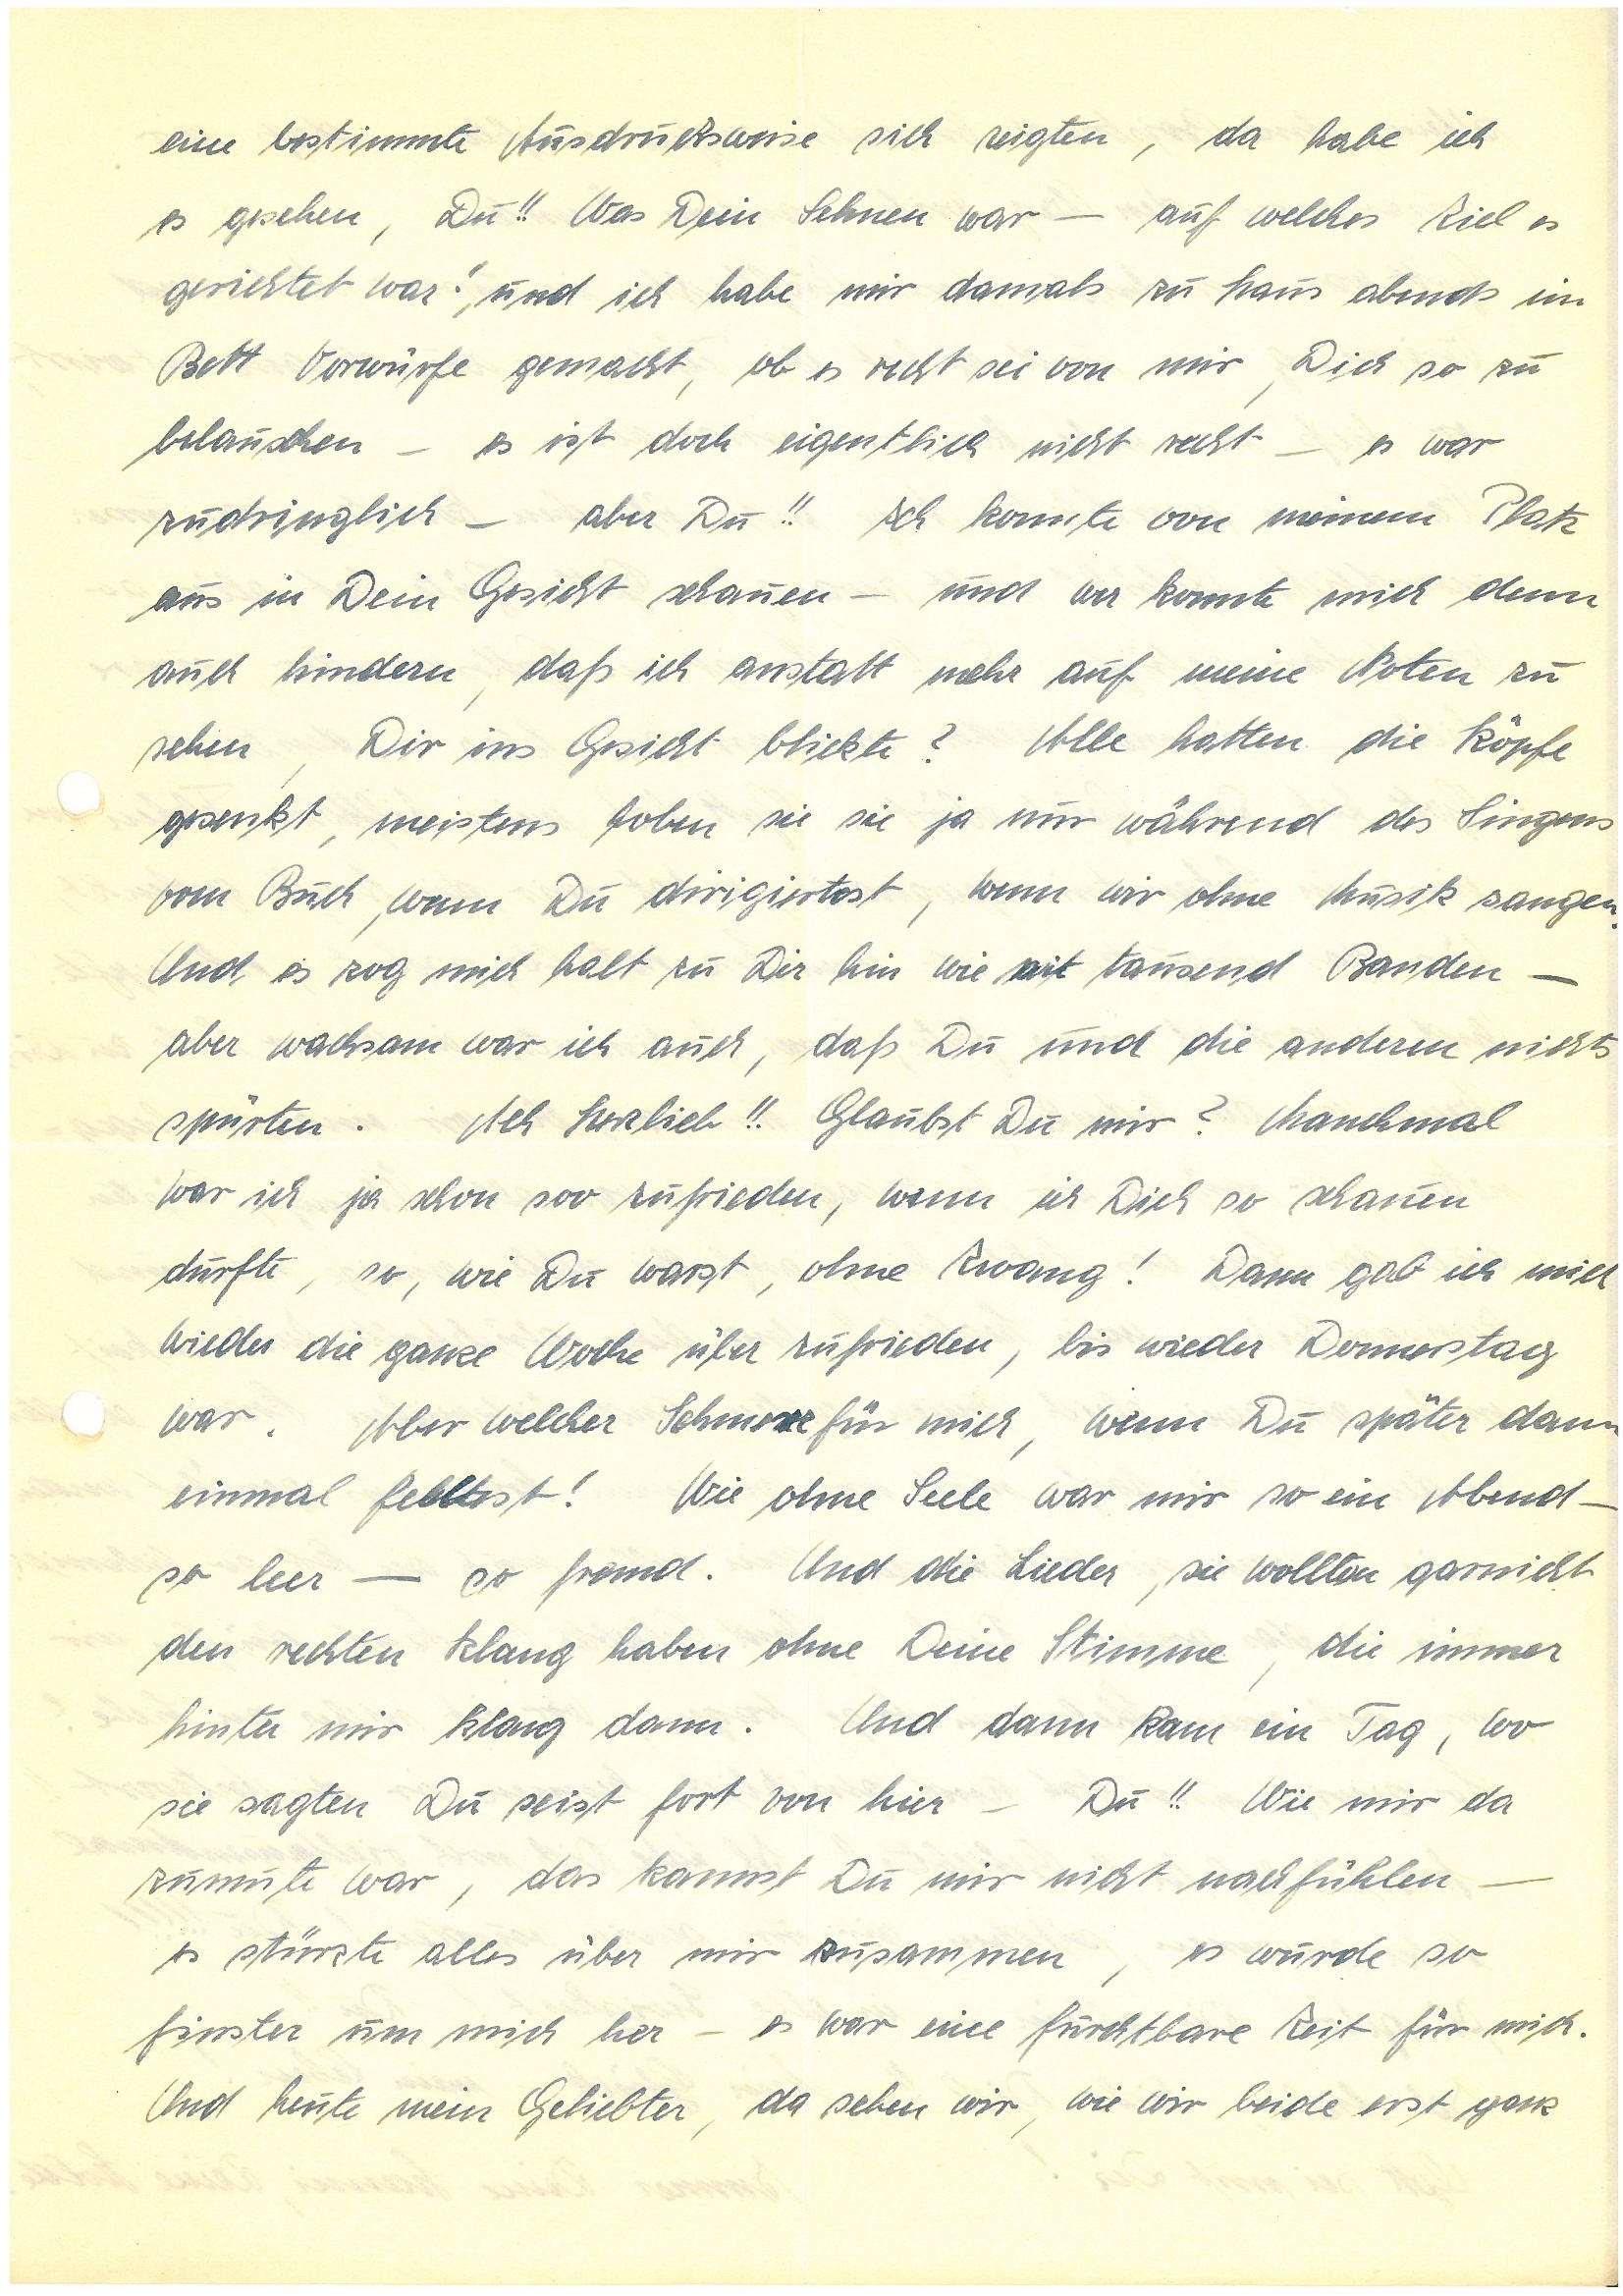
eine bestimmte Ausdrucksweise sich zeigten, da habe ich
es gesehen, Du!! Was Dein Sehnen war – auf welches Ziel es
gerichtet war!, und ich habe mir damals zu Haus abends im
Bett Vorwürfe gemacht, ob es recht sei von mir, Dich so zu
belauschen – es ist doch eigentlich nicht recht – es war
zudringlich – aber Du!! Ich konnte von meinem Platz
aus in Dein Gesicht schauen – und wer konnte mich denn
auch hindern, daß ich anstatt mehr auf meine Noten zu
sehen, Dir ins Gesicht blickte? Alle hatten die Köpfe
gesenkt, meistens hoben sie sie ja nur während des Singens
vom Buch, wenn Du dirigiertest, wenn wir ohne Musik sangen.
Und es zog mich halt zu Dir hin wie mit tausend Banden –
aber wachsam war ich auch, daß Du und die anderen nichts
spürten. Ach Herzlieb!! Glaubst Du mir? Manchmal
war ich ja schon soo zufrieden, wenn ich Dich so schauen
durfte, so, wie Du warst, ohne Zwang! Dann gab ich mich
wieder die ganze Woche über zufrieden, bis wieder Donnerstag
war. Aber welcher Schmerz für mich, wenn Du später dann
einmal fehltest! Wie ohne Seele war mir so ein Abend –
so leer – so fremd. Und die Lieder, sie wollten gar nicht
den rechten Klang haben ohne Deine Stimme, die immer
hinter mir klang dann. Und dann kam ein Tag, wo
sie sagten Du seist fort von hier – Du!! Wie mir da
zumute war, das kannst Du mir nicht nachfühlen —
es stürzte alles über mir zusammen, es wurde so
finster um mich her – es war eine furchtbare Zeit für mich.
Und heute mein Geliebter, da sehen wir, wie wir beide erst ganz